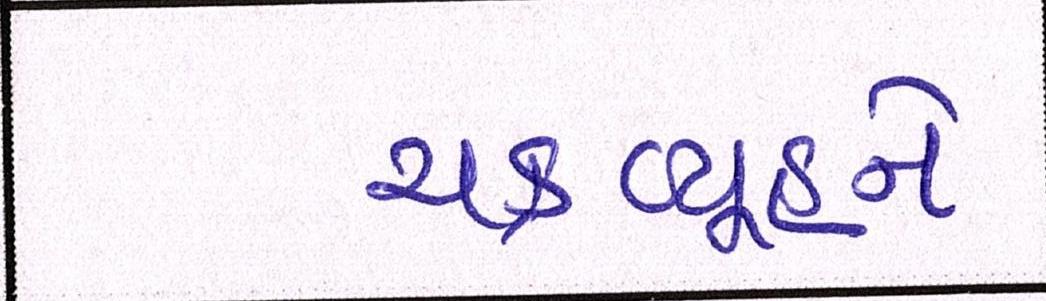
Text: ચક્રવ્યૂહને